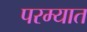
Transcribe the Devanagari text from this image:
परम्यात